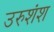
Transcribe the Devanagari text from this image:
उरुशंश